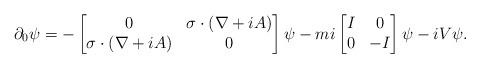
LaTeX: \begin{align*} \partial_0 \psi = - \begin{bmatrix} 0 & \sigma \cdot (\nabla + i A)\\\sigma \cdot (\nabla + i A) & 0\end{bmatrix} \psi - mi \begin{bmatrix}I & 0 \\0 & -I\end{bmatrix} \psi -i V\psi.\end{align*}